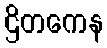
ဌိတကေန